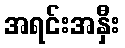
အရင်းအနှီး